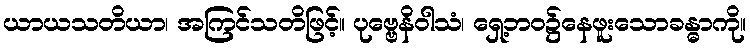
ယာယသတိယာ၊ အကြင်သတိဖြင့်။ ပုဗ္ဗေနိဝါသံ၊ ရှေ့ဘဝ၌နေဖူးသောခန္ဓာကို။